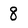
Character: 8